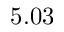
5 . 0 3